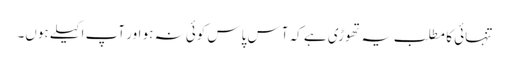
تنہائی کا مطلب یہ تھوڑی ہے کہ آس پاس کوئی نہ ہو اور آپ اکیلے ہوں۔